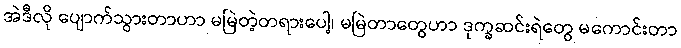
အဲဒီလို ပျောက်သွားတာဟာ မမြဲတဲ့တရားပေါ့၊ မမြဲတာတွေဟာ ဒုက္ခဆင်းရဲတွေ မကောင်းတာ